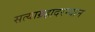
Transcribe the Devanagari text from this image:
सत्याग्रहादरम्यान